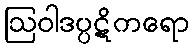
ဩဝါဒပ္ပဋိကရော